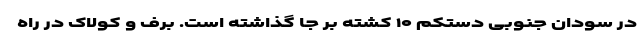
در سودان جنوبی دستکم ۱۰ کشته بر جا گذاشته است. برف و کولاک در راه